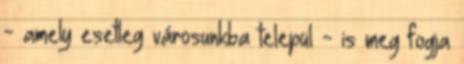
- amely esetleg városunkba települ - is meg fogja